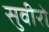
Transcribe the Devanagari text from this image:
सुवीरो